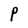
Character: P